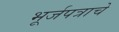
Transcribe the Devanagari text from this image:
भूर्जपत्राचे